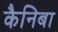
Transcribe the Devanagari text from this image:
कैनिबा